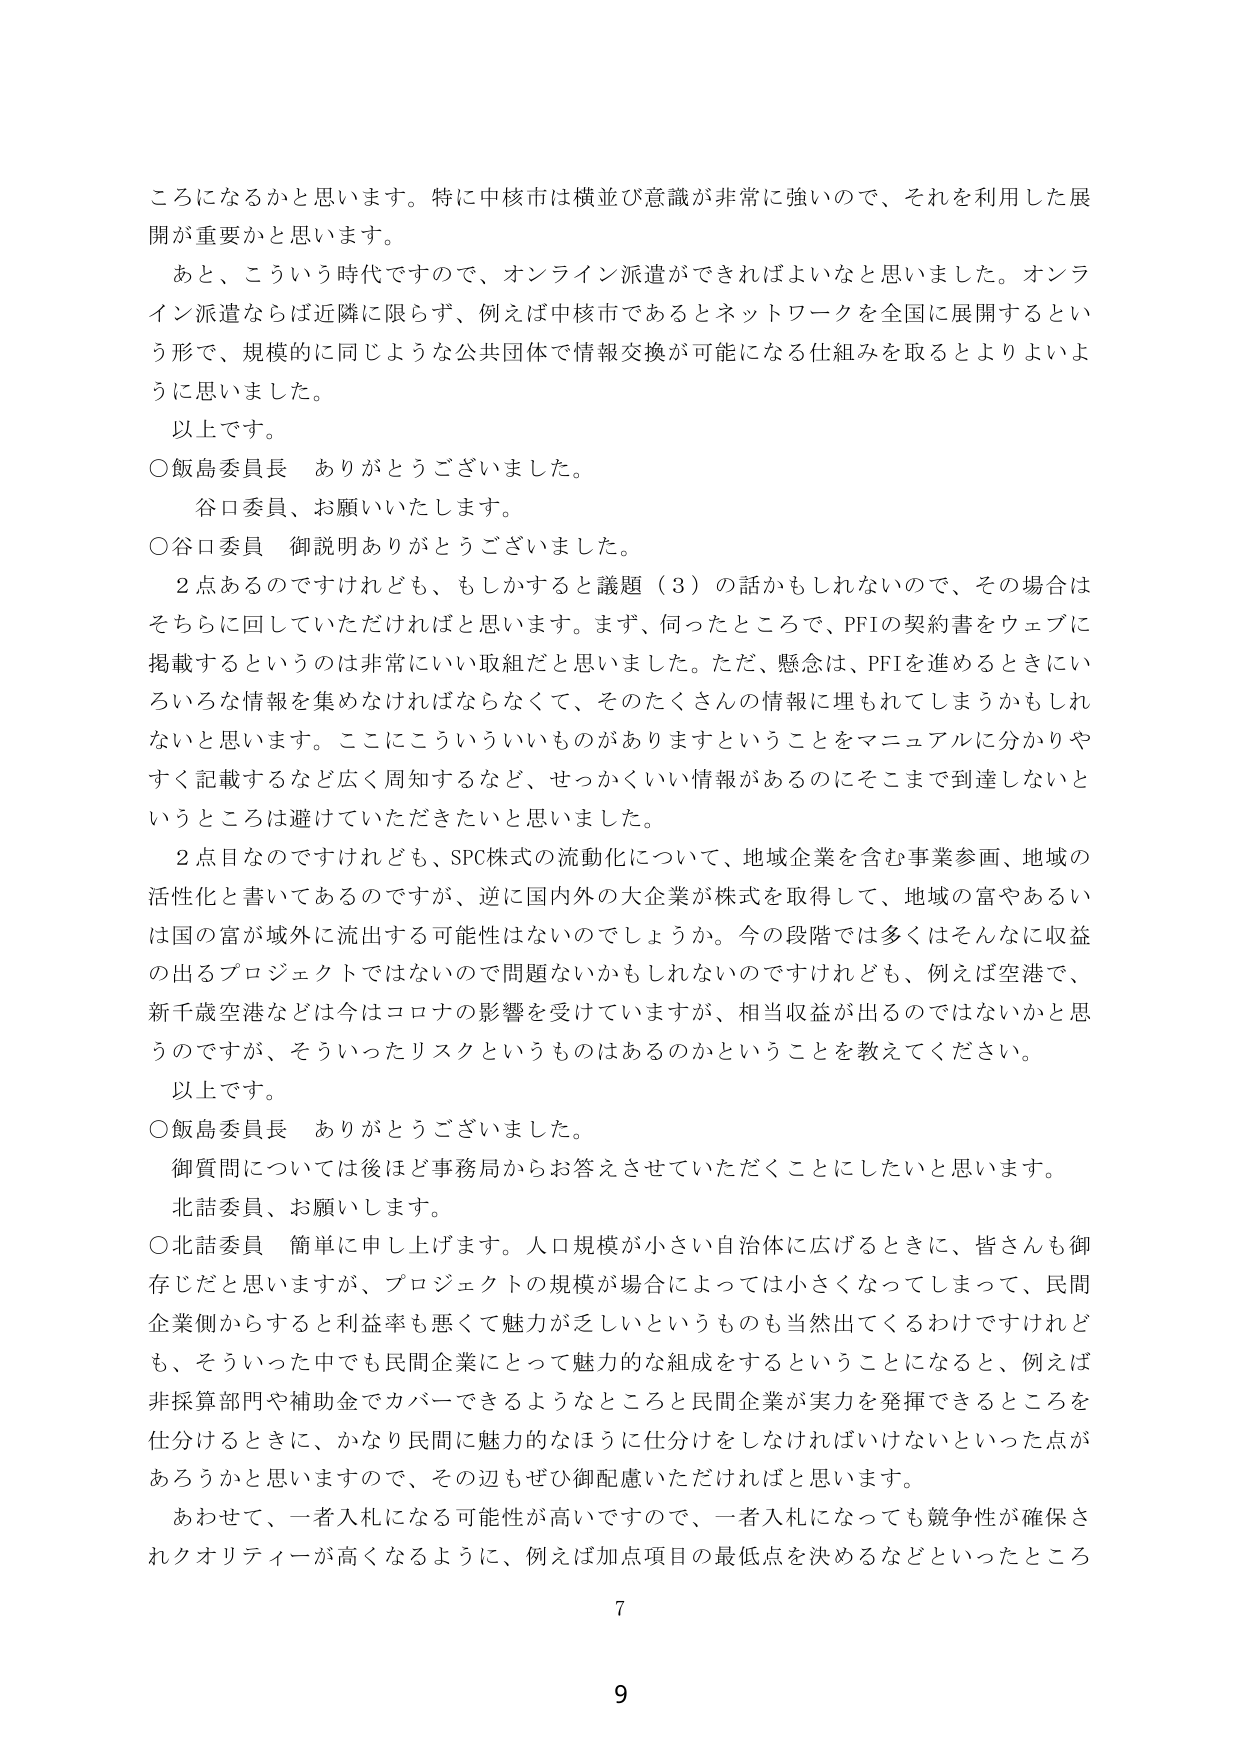
ころになるかと思います。特に中核市は横並び意識が非常に強いので、それを利用した展開が重要かと思います。

あと、こういう時代ですので、オンライン派遣ができればよいなと思いました。オンライン派遣ならば近隣に限らず、例えば中核市であるとネットワークを全国に展開するという形で、規模的に同じような公共団体で情報交換が可能になる仕組みを取るとよりよいように思いました。

以上です。

○飯島委員長　ありがとうございました。

　谷口委員、お願いいたします。

○谷口委員　御説明ありがとうございました。

　2点あるのですけれども、もしかすると議題（3）の話かもしれないのです、その場合はそちらに回していただければと思います。まず、何ったところで、PFIの契約書をウェブに掲載するというのは非常にいい取組だと思いました。ただ、懸念は、PFIを進めるときにいろいろな情報を集めなければならないくて、そのたくさんの情報に埋もれてしまうかもしれないと思います。ここにこういういいものがありますということをマニュアルに分かりやすく記載するなど広く周知するなど、せっかくいい情報があるのにそこまで到達しないというところは避けていただきたいと思いました。

　2点目なのですけれども、SPC株式の流動化について、地域企業を含む事業参画、地域の活性化と書いてあるのですが、逆に国内外の大企業が株式を取得して、地域の富やあるいは国の富が域外に流出する可能性はないのでしょうか。今の段階では多くはそんなに収益の出るプロジェクトではないので問題ないかもしれないのですけれども、例えば空港で、新千歳空港などは今はコロナの影響を受けていますが、相当収益が出るのではないかと思うのですが、そういったリスクというものはあるのかということを教えてください。

以上です。

○飯島委員長　ありがとうございました。

　御質問については後ほど事務局からお答えさせていただくことにしたいと思います。

　北詰委員、お願いします。

○北詰委員　簡単に申し上げます。人口規模が小さい自治体に広げるときに、皆さんも御存じだと思いますが、プロジェクトの規模が場合によっては小さくなってしまって、民間企業側からすると利益率も悪くて魅力が乏しいというのも当然出てくるわけですけれども、そういった中でも民間企業にとって魅力的な組成をするということになると、例えば非採算部門や補助金でカバーできるようなところと民間企業が実力を発揮できるところを仕分けるときに、かなり民間に魅力的なほうに仕分けをしなければいけないといった点があろうかと思いますので、その辺もぜひ御配慮いただければと思います。

　あわせて、一者入札になる可能性が高いですので、一者入札になっても競争性が確保されクオリティが高くなるように、例えば加点項目の最低点を決めるなどといったところ

7

9